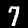
Label: 7